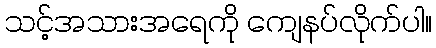
သင့်အသားအရေကို ကျေနပ်လိုက်ပါ။